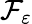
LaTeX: \mathcal{F}_{\varepsilon}